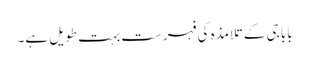
بابا جی کے تلامذہ کی فہرست بہت طویل ہے۔